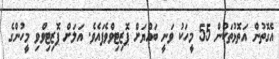
އެގޮތުން އަތޮޅުތަކުން 55 މީހަކު ވަނީ ބައްޔަށް ޕޮޒިޓިވްވެފައެވެ. އަލަށް ޕޮޒިޓިވްވި މީހުންގެ